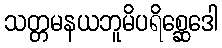
သတ္တမနယဘူမိပရိစ္ဆေဒေါ